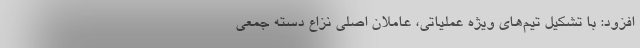
افزود: با تشکیل تیم‌های ویژه عملیاتی، عاملان اصلی نزاع دسته جمعی